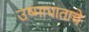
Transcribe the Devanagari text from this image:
उष्माघाताचे